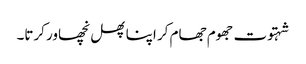
شہتوت جھوم جھام کر اپنا پھل نچھاور کرتا۔